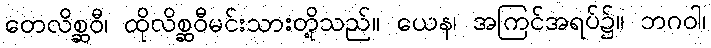
တေလိစ္ဆဝီ၊ ထိုလိစ္ဆဝီမင်းသားတို့သည်။ ယေန၊ အကြင်အရပ်၌။ ဘဂဝါ၊